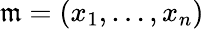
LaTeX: {\mathfrak{m}}=(x_{1},\ldots,x_{n})